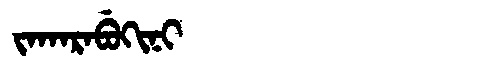
Manchu: ᠵᠠᡴᠠᡵᠠᠪᡠᡴᡳᠨᡳ
Romanization: JAKARABUKINI